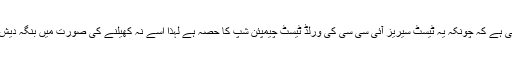
بورڈ کے حکام نے کھلاڑیوں سے ملاقاتوں میں یہ بات بھی واضح کی ہے کہ چونکہ یہ ٹیسٹ سیریز آئی سی سی کی ورلڈ ٹیسٹ چیمپئن شپ کا حصہ ہے لہذا اسے نہ کھیلنے کی صورت میں بنگہ دیش کو آئی سی سی کی جانب سے مشکلات سے دوچار ہونا پڑسکتا ہے۔